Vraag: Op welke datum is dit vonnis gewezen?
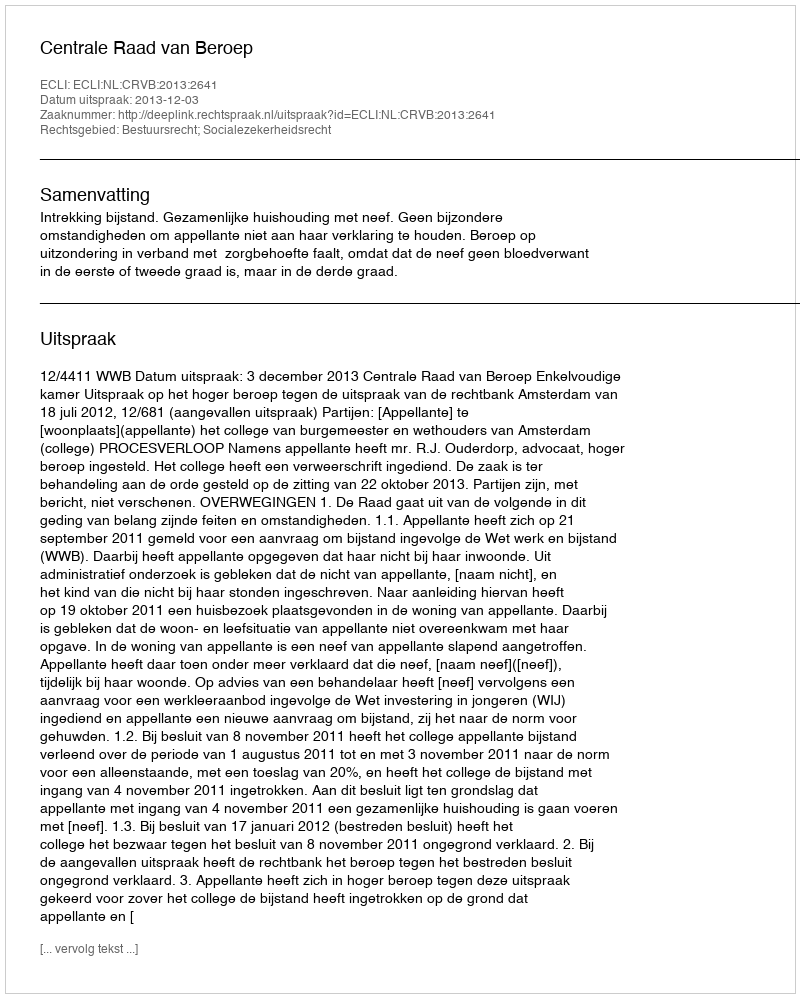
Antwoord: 2013-12-03